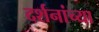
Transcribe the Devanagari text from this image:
दर्शनांच्या